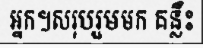
អ្នក។សរុបរួមមក គន្លឹះ